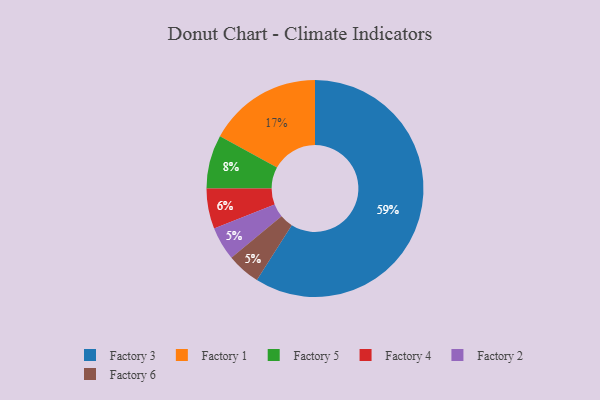
{"axis": {"x": "Category", "y": "Percentage"}, "legend": ["Factory 1", "Factory 2", "Factory 3", "Factory 4", "Factory 5", "Factory 6"], "data": [{"x": "Factory 3", "y": 59, "type": "Factory 3"}, {"x": "Factory 2", "y": 5, "type": "Factory 2"}, {"x": "Factory 5", "y": 8, "type": "Factory 5"}, {"x": "Factory 1", "y": 17, "type": "Factory 1"}, {"x": "Factory 6", "y": 5, "type": "Factory 6"}, {"x": "Factory 4", "y": 6, "type": "Factory 4"}]}